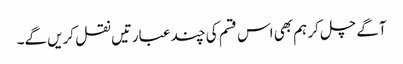
آگے چل کر ہم بھی اس قسم کی چند عبارتیں نقل کریں گے۔